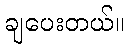
ချပေးတယ်။